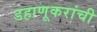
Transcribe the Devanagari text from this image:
डहाणूकरांची